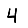
Digit: 4